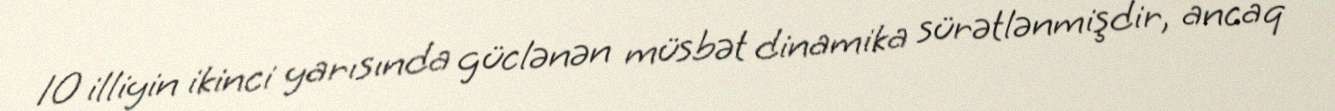
10 illiyin ikinci yarısında güclənən müsbət dinamika sürətlənmişdir, ancaq